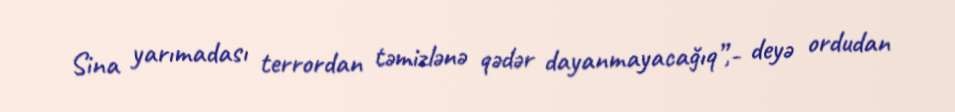
Sina yarımadası terrordan təmizlənə qədər dayanmayacağıq”,- deyə ordudan